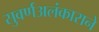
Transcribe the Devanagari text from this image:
सुवर्णअलंकाराने